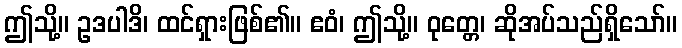
ဤသို့။ ဥဒပါဒိ၊ ထင်ရှားဖြစ်၏။ ဧဝံ၊ ဤသို့။ ဝုတ္တေ၊ ဆိုအပ်သည်ရှိသော်။